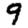
Digit: 9